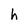
Character: h